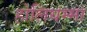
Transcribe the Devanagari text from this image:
होलियम्मा